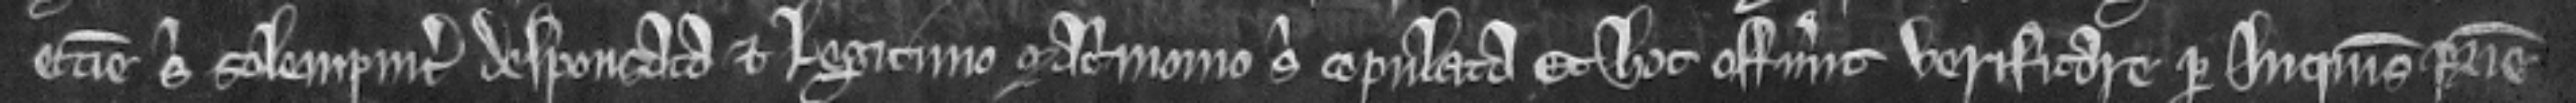
ecclesie sibi solemniter desponsata et Legitimo matrimonio sibi copulata et hoc offerunt verificare per inquisicionem patrie